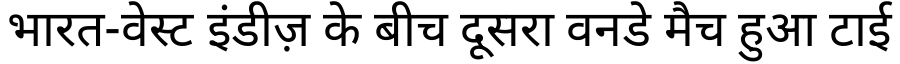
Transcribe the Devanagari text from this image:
भारत-वेस्ट इंडीज़ के बीच दूसरा वनडे मैच हुआ टाई